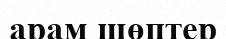
арам шөптер